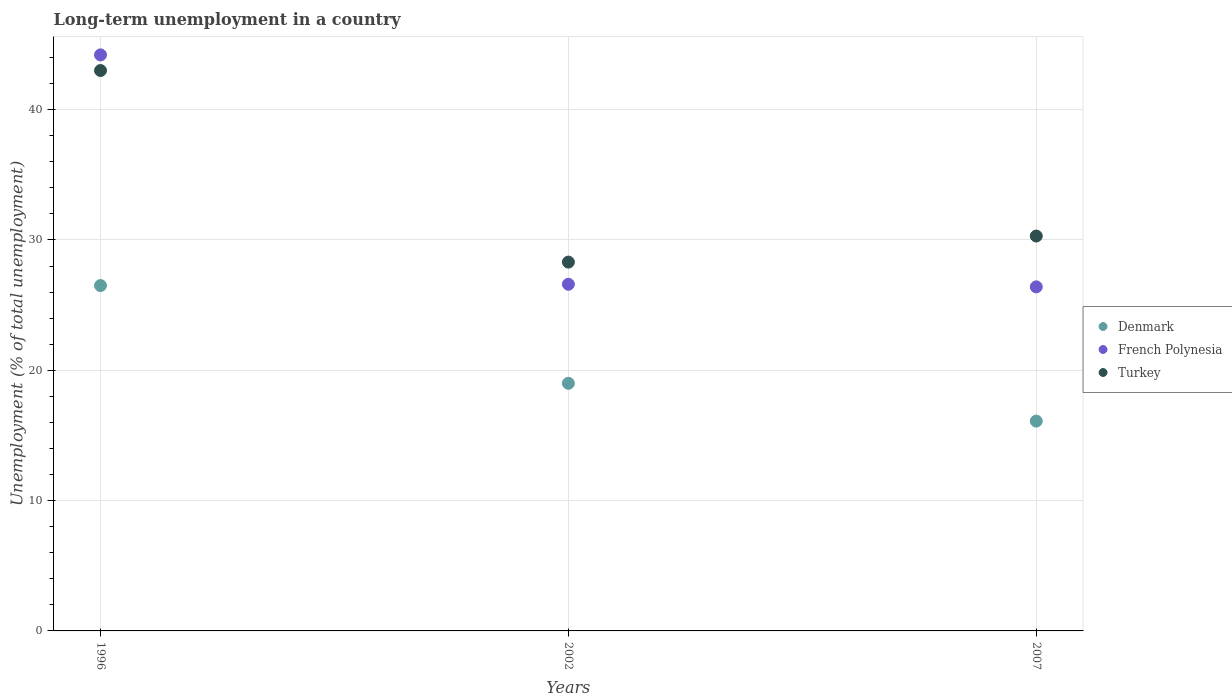
| Years | Denmark | French Polynesia | Turkey |
 | --- | --- | --- | --- |
 | 1996 | 26.5 | 44.2 | 43 |
 | 2002 | 19 | 26.6 | 28.3 |
 | 2007 | 16.1 | 26.4 | 30.3 |